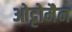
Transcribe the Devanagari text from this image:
ओट्टोमैन